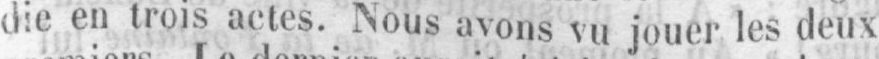
die en trois actes. Nous avons vu jouer les deux